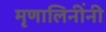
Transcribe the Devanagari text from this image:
मृणालिनींनी